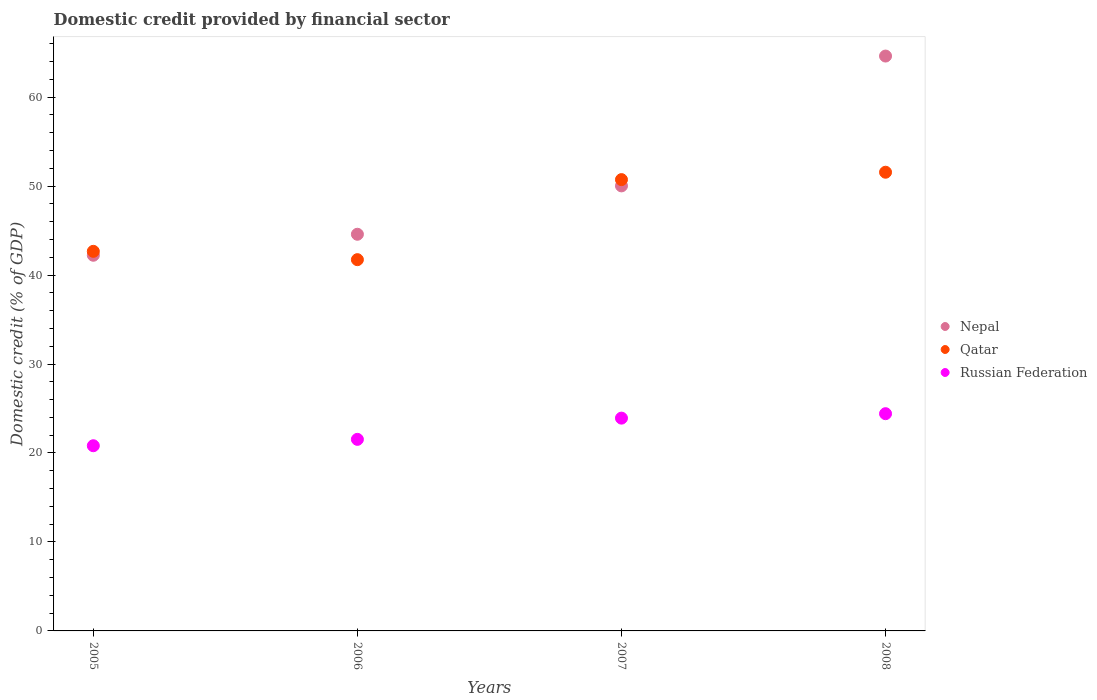
| Years | Nepal | Qatar | Russian Federation |
 | --- | --- | --- | --- |
 | 2005 | 42.2 | 42.7 | 20.8 |
 | 2006 | 44.6 | 41.7 | 21.5 |
 | 2007 | 50 | 50.7 | 23.9 |
 | 2008 | 64.6 | 51.6 | 24.4 |